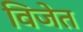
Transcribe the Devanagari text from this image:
विजेत